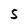
Character: 5